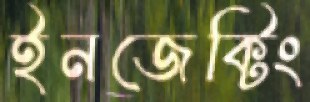
ইনজেক্টিং